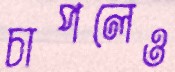
চাপলেও